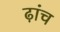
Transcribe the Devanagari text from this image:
ढ़ांच